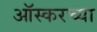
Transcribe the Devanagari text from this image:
ऑस्करच्या